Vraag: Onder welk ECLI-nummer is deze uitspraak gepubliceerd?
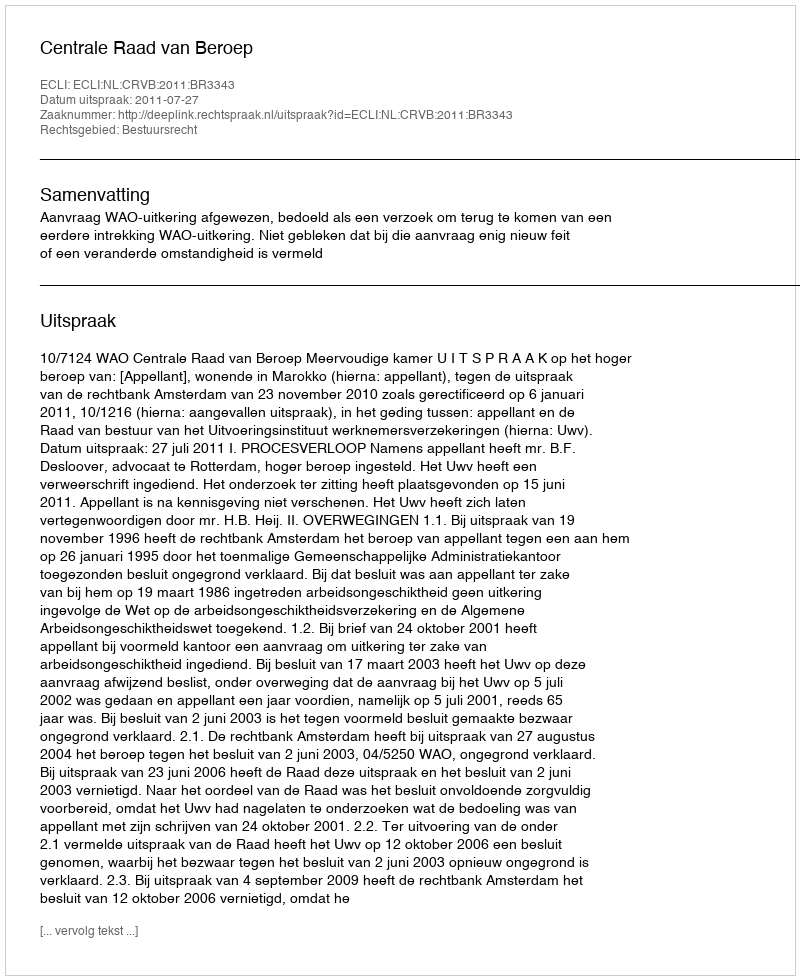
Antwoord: ECLI:NL:CRVB:2011:BR3343